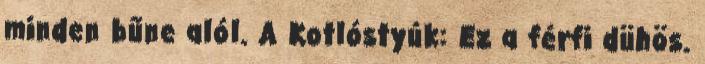
minden bűne alól. A Kotlóstyúk: Ez a férfi dühös.